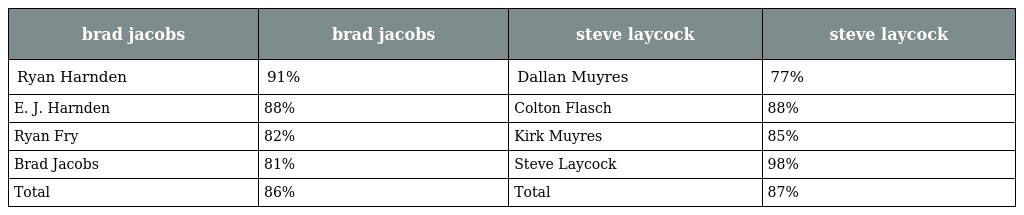
| brad jacobs | brad jacobs | steve laycock | steve laycock |
 | --- | --- | --- | --- |
 | Ryan Harnden | 91% | Dallan Muyres | 77% |
 | E. J. Harnden | 88% | Colton Flasch | 88% |
 | Ryan Fry | 82% | Kirk Muyres | 85% |
 | Brad Jacobs | 81% | Steve Laycock | 98% |
 | Total | 86% | Total | 87% |